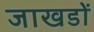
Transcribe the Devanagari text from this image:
जाखडों